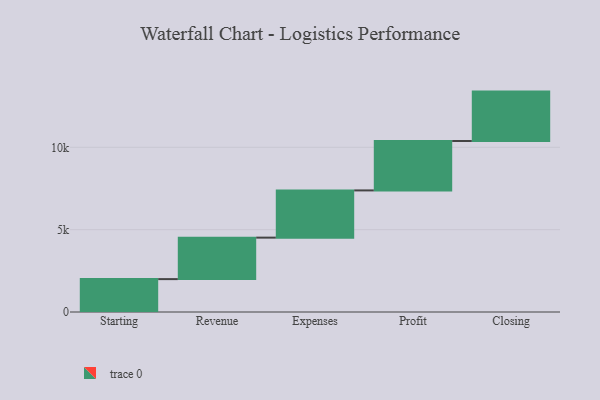
{"axis": {"x": "Step", "y": "Value"}, "legend": [""], "data": [{"x": "Starting", "y": 1997.0, "type": ""}, {"x": "Revenue", "y": 2519.0, "type": ""}, {"x": "Expenses", "y": 2867.0, "type": ""}, {"x": "Profit", "y": 3000, "type": ""}, {"x": "Closing", "y": 3000, "type": ""}]}